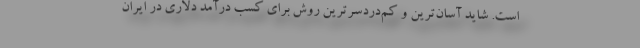
است. شاید آسان‌ترین و کم‌دردسرترین روش برای کسب درآمد دلاری در ایران